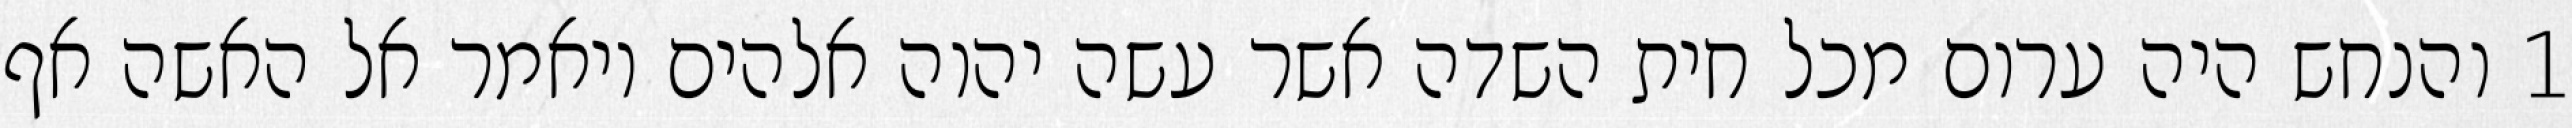
1 והנחש היה ערום מכל חית השדה אשר עשה יהוה אלהים ויאמר אל האשה אף